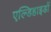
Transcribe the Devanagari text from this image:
एल्डिहाइडों